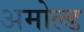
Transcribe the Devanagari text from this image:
अमोल्ड